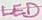
Text: LED